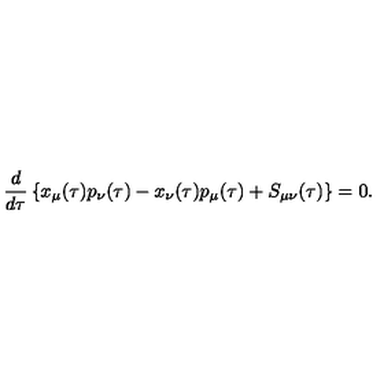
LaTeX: \frac { d } { d \tau } \left\{ x _ { \mu } ( \tau ) p _ { \nu } ( \tau ) - x _ { \nu } ( \tau ) p _ { \mu } ( \tau ) + S _ { \mu \nu } ( \tau ) \right\} = 0 .